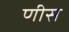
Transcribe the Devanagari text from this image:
णीस